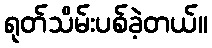
ရုတ်သိမ်းပစ်ခဲ့တယ်။